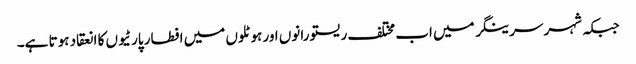
جبکہ شہر سرینگر میں اب مختلف ریستو رانوں اور ہوٹلوں میں افطار پارٹیوں کا انعقاد ہوتا ہے۔